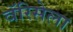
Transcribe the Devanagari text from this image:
वॅरिसेला